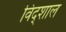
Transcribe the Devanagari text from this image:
विद्शाल